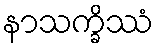
နာသက္ခိဿံ